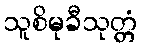
သူစိမုခီသုတ္တံ